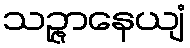
သဉ္ဇာနေယျံ